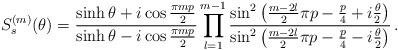
LaTeX: \begin{align*}S^{(m)}_{s}(\theta )=\frac{\sinh \theta +i\cos \frac{\pi mp}{2}}{\sinh \theta -i\cos \frac{\pi mp}{2}}\prod ^{m-1}_{l=1}\frac{\sin ^{2}\left( \frac{m-2l}{2}\pi p-\frac{p}{4}+i\frac{\theta }{2}\right) }{\sin ^{2}\left( \frac{m-2l}{2}\pi p-\frac{p}{4}-i\frac{\theta }{2}\right) }\,.\end{align*}